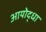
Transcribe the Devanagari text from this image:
आयोद्धा